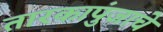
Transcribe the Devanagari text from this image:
तारकापुंजाचे